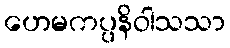
ဟေမကပ္ပနိဝါသသာ